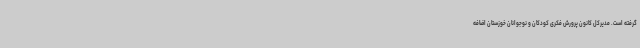
گرفته است. مدیرکل کانون پرورش فکری کودکان و نوجوانان خوزستان اضافه